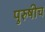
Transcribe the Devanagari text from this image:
पुरुषीच